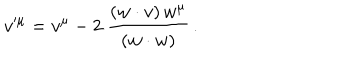
v ^ { \mu } = v ^ { \mu } - 2 \ \frac { ( w \cdot v ) \, w ^ { \mu } } { ( w \cdot w ) } \, .